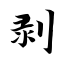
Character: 剥